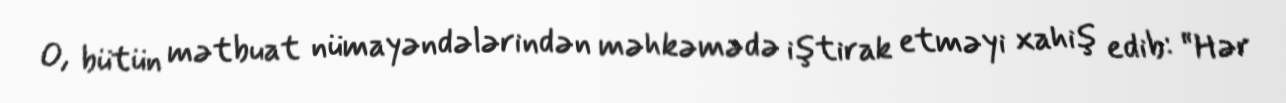
O, bütün mətbuat nümayəndələrindən məhkəmədə iştirak etməyi xahiş edib: “Hər